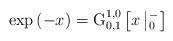
LaTeX: \begin{align*}\exp \left( -x \right)=\operatorname{G}_{0,1}^{1,0}\left[ x\left| _{0}^{-} \right. \right]\end{align*}